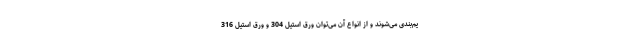
یم‌بندی می‌شوند و از انواع آن می‌توان ورق استیل 304 و ورق استیل 316